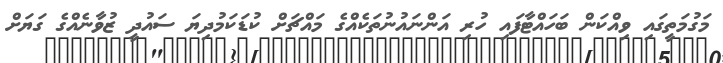
މަގުމަތީގައި ވިއްކަން ބަހައްޓާފައި ހުރި އަންނައުނުތަކެއްގެ މައްޗަށް ކުޑަކަމުދިޔަ ސައުދީ ޒުވާނެއްގެ ގަޔަށް